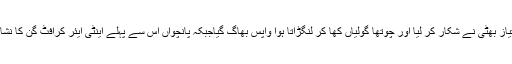
تیسرے کو امتیاز بھٹی نے شکار کر لیا اور چوتھا گولیاں کھا کر لنگڑاتا ہوا واپس بھاگ گیاجبکہ پانچواں اس سے پہلے اینٹی ایئر کرافٹ گن کا نشانہ بن چکا تھا۔